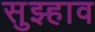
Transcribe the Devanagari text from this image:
सुझ्हाव